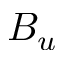
B _ { u }